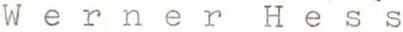
Werner Hess